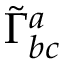
{ \widetilde { \Gamma } } _ { b c } ^ { a }